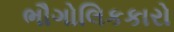
ભૌગોલિકકારો